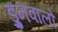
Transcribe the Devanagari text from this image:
ड्रुनवालो